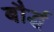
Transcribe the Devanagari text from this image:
बौर्द्ध